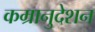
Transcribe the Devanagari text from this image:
कम्रानुदेशन